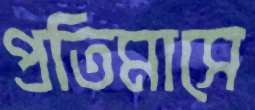
প্রতিমাসে